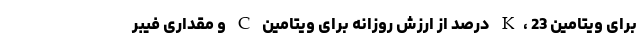
برای ویتامین K، 23 درصد از ارزش روزانه برای ویتامین C و مقداری فیبر